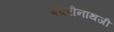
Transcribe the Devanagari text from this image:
बदरीनाथजी